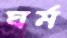
ঘর্ম